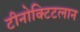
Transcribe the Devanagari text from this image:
टीनोक्टिटलान